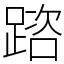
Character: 䠖